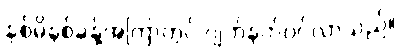
နှစ်မိနစ်ခန့်အကြာတွင် ဂျက်နက်ဝင်လာသည်။